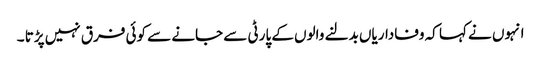
انہوں نے کہا کہ وفاداریاں بدلنے والوں کے پارٹی سے جانے سے کوئی فرق نہیں پڑتا ۔